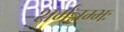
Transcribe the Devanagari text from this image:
शर्मन्नम्भः